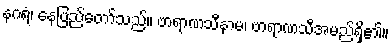
နဂရံ၊ နေပြည်တော်သည်။ ဗာရာဏသီနာမ၊ ဗာရာဏသီအမည်ရှိ၏။